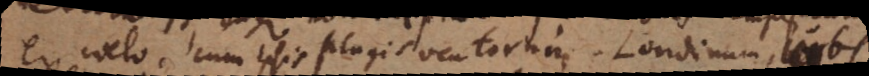
ex coelo, cum ipsis plagis ventorum, Londinum, urbs